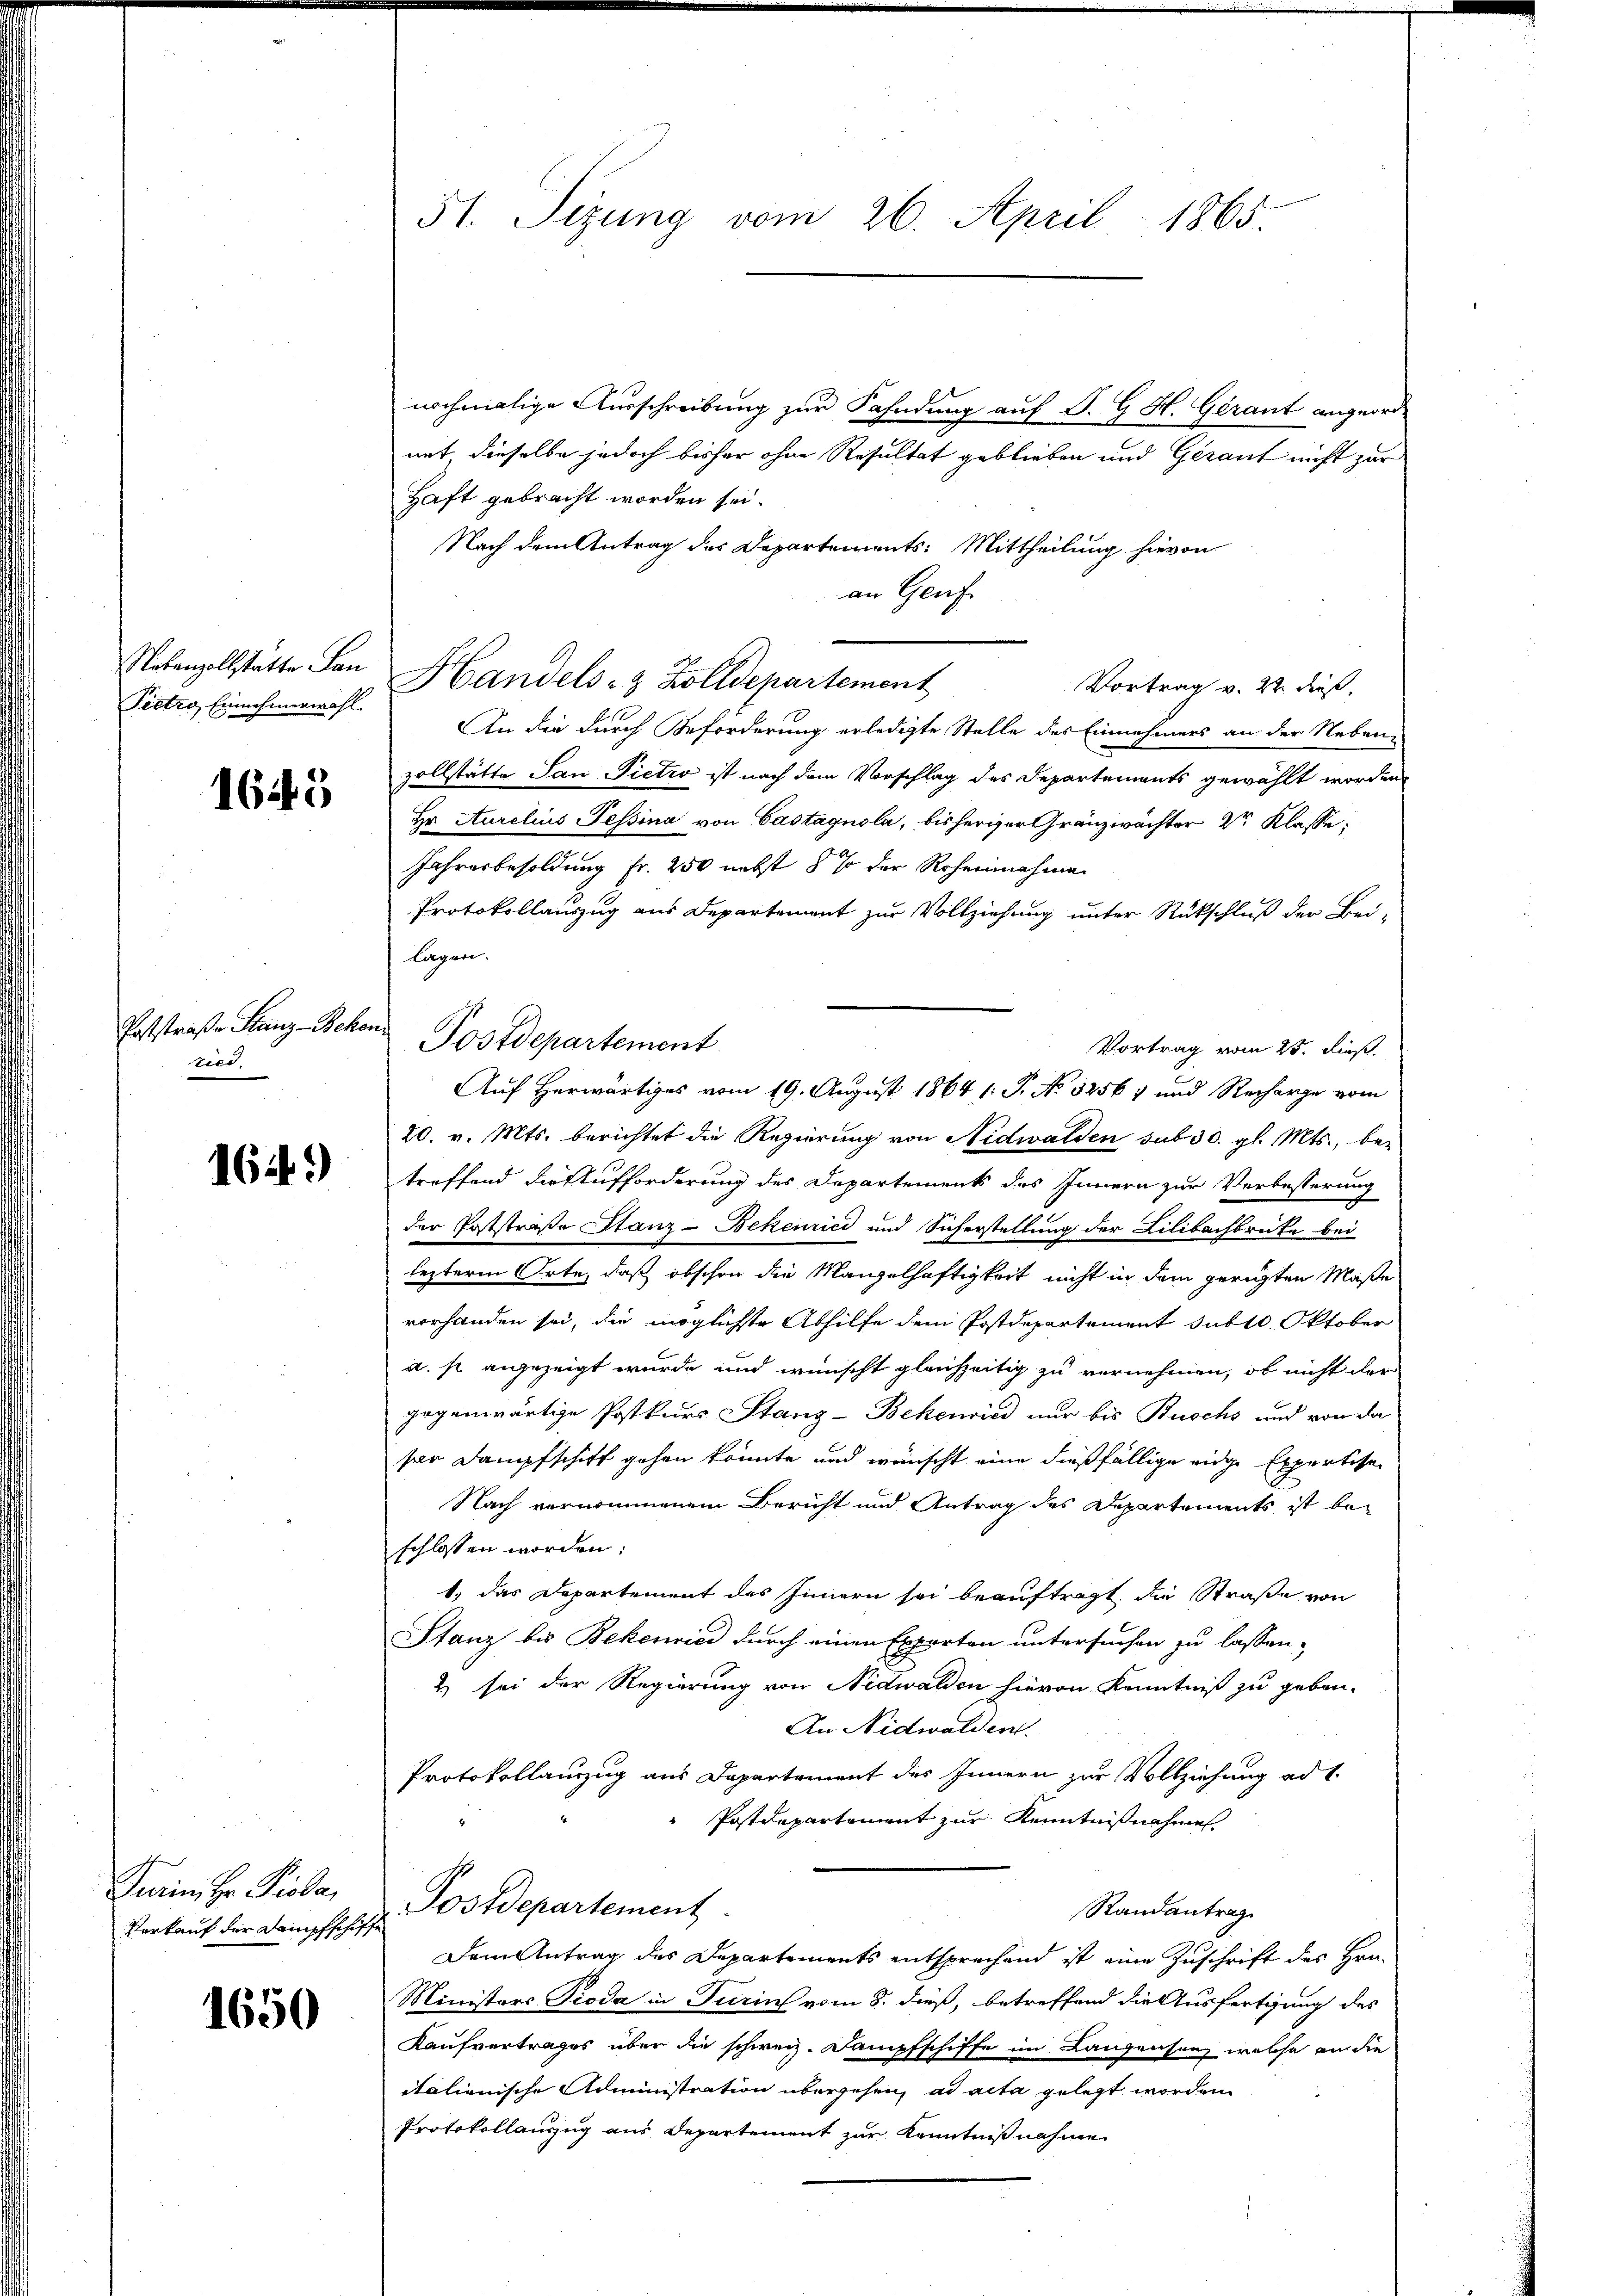
Rakenzollstatte Lan
Pietro Einnehmerwahl.

1645

Poststraße Stanz-Bek.
ried,

1649)

Farin, Hr. Pioda,
Verkauf der Dampfschiff

1650

51. Sizung vom 26. April 1865.

nochmalige Ausschreibung zur Fahndung auf S. G. H. Gerant angeordmit dieselbe jedoch bisher ohne Resultat geblieben und Gerant nicht zur
Haft gebracht worden sei.
Nach dem Antrag des Departements: Mittheilung hievon
an Genf.
Handels- & Zolldepartement
Vortrag v. 22. dieß.
An die durch Beforderung erledigte Stelle des Einnahmers an der Neben-
zollstätte San Pietro ist nach dem Vorschlag des Departements gewählt worden
Hr. Aurelius Tessina von Castagnola, bisheriger Gränzwachter 2r Klasse
Jahresbesoldung fr. 250 nebst 5 % der Rohennahme
Protokollauszug aus Departement zur Vollziehung unter Rückschluß der Beilagen.
c
Postdepartement
Vortrag vom 25. dieß.
20. v. Mts. berichtet die Regierung von Nidwalden sub 30. gl. Mts., be-
treffend die Aufforderung des Departements des Innern zur Verbesserung
der Poststraße Stanz-Bekenrici und Sicherstellung der Lilibachbrücke bei
lezterm Orte, daß obschon die Mangelhaftigkeit nicht in dem gerügten Maße
vorhanden sei, die möglichste Abhilfe dem Postdepartement subt. Oktober
u. so angezeigt wurde und wünscht gleichzeitig zu vernehmen, ob nicht der
gegenwärtige Postkurs Stanz-Bekenried nur bis Buschs und von da
sen Dampfschiff gehen könnte und wünscht eine dießfällige eidge Expertise
Nach vernommenem Bericht und Antrag des Departements ist beschlossen worden:
1) das Departement des Innern sei beauftragt die Straße von
Stanz bis Bekenried durch einen Exporten untersuchen zu lassen.
2) sei der Regierung von Nidwalden hievon Kenntniß zu geben.
An Nidwalden.
Protokollauszug aus Departement des Innern zur Vollziehung ad 1.
Postdepartement zur Kenntnißnahme
Postdepartement
Randantrag
Dem Antrag des Departements entsprechend ist eine Zuschrift des Hrn.
Ministers Pioda in Turins vom 8. dieß, betreffend die Ausfertigung des
Kaufvertrages über die schweiz. Dampfschiffe im Langensanz, welche an die
italienische Administration übergehen, ad acta gelegt worden.
Protokollanzug aus Departement zur Kenntnißnahme

Auf Herwärtiges vom 19. August 1864 s. S. No 32567 und Recharge vom